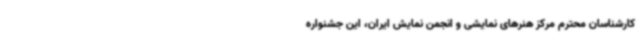
کارشناسان محترم مرکز هنرهای نمایشی و انجمن نمایش ایران، این جشنواره